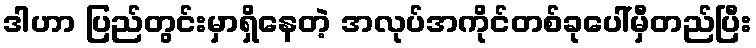
ဒါဟာ ပြည်တွင်းမှာရှိနေတဲ့ အလုပ်အကိုင်တစ်ခုပေါ်မှီတည်ပြီး